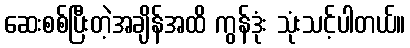
ဆေးစစ်ပြီးတဲ့အချိန်အထိ ကွန်ဒုံး သုံးသင့်ပါတယ်။